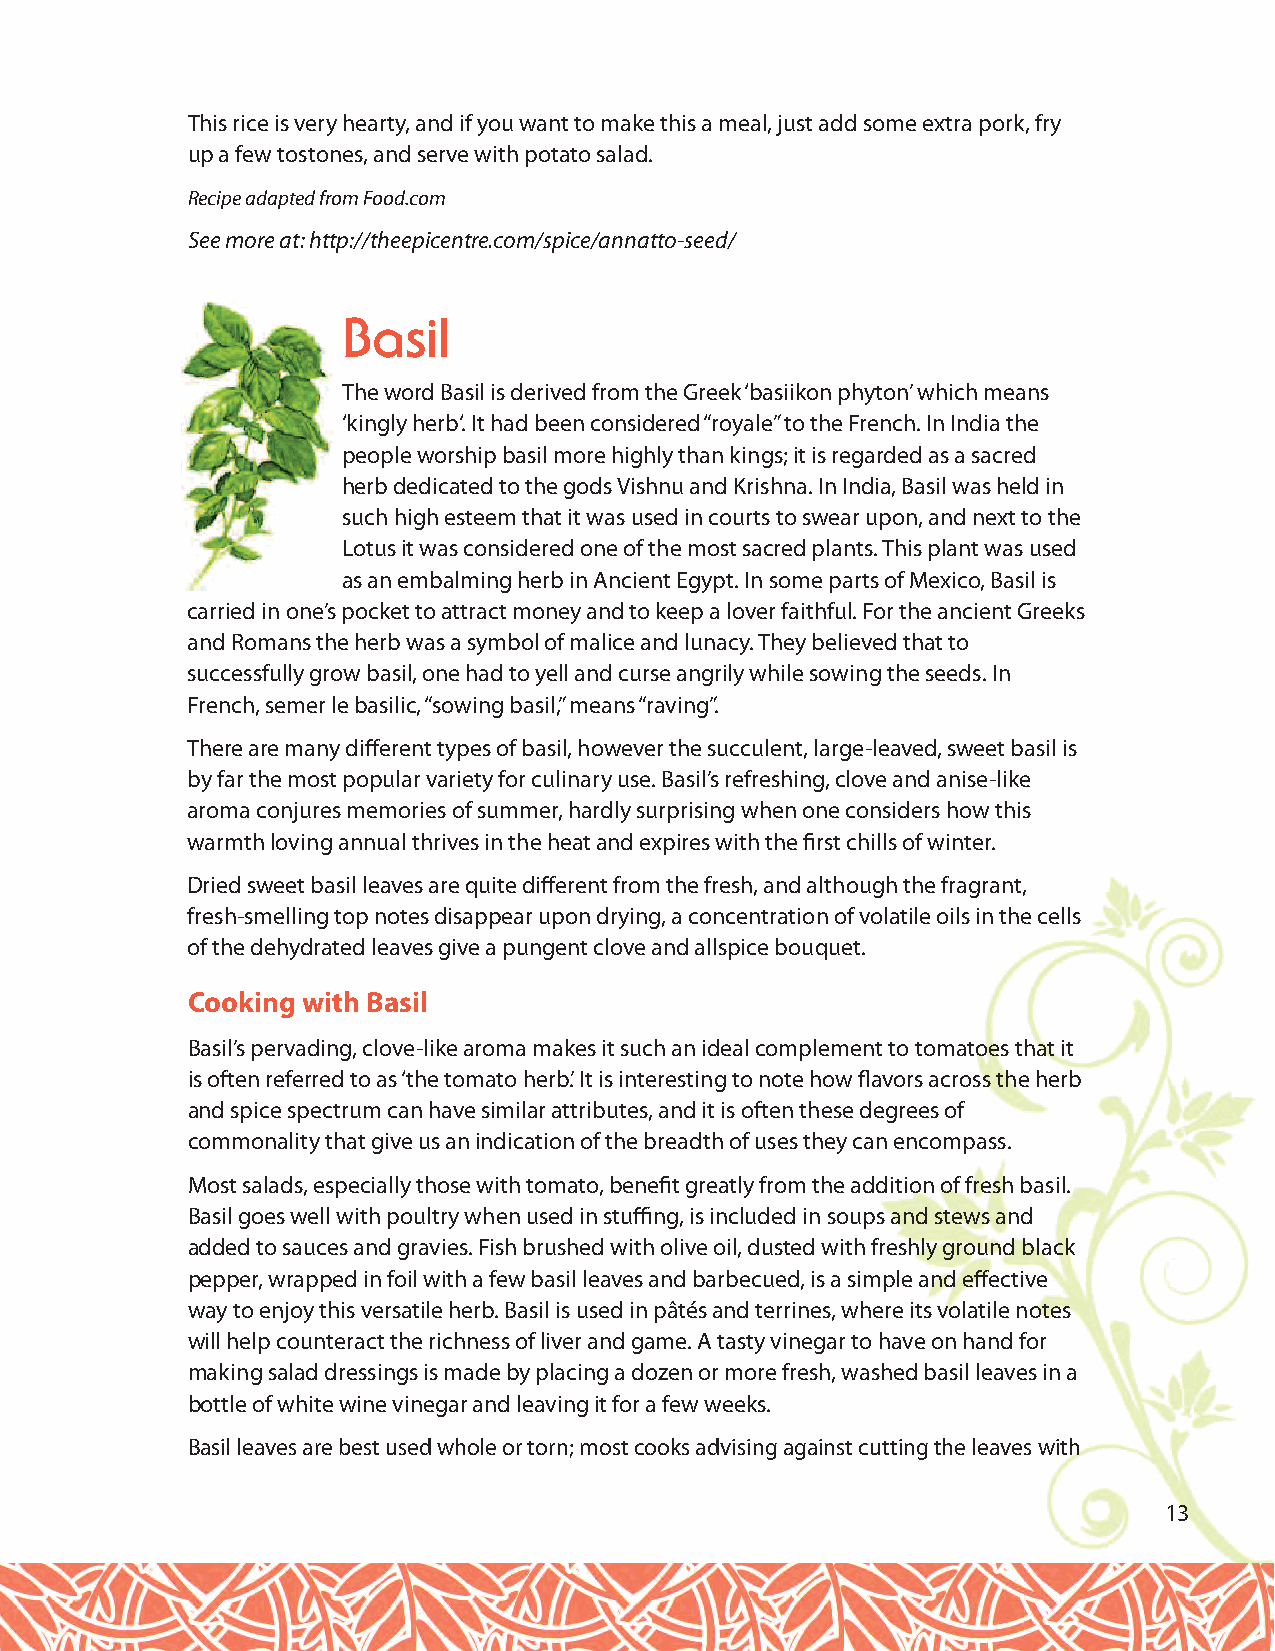
This rice is very hearty, and if you want to make this a meal, just add some extra pork, fry
 up a few tostones, and serve with potato salad.
 Recipe adapted from Food.com
 See more at: http://theepicentre.com/spice/annatto-seed/
 Basil
 The word Basil is derived from the Greek ‘basiikon phyton’ which means
 ‘kingly herb‘. It had been considered “royale” to the French. In India the
 people worship basil more highly than kings; it is regarded as a sacred
 herb dedicated to the gods Vishnu and Krishna. In India, Basil was held in
 such high esteem that it was used in courts to swear upon, and next to the
 Lotus it was considered one of the most sacred plants. This plant was used
 as an embalming herb in Ancient Egypt. In some parts of Mexico, Basil is
 carried in one’s pocket to attract money and to keep a lover faithful. For the ancient Greeks
 and Romans the herb was a symbol of malice and lunacy. They believed that to
 successfully grow basil, one had to yell and curse angrily while sowing the seeds. In
 French, semer le basilic, “sowing basil,” means “raving”.
 There are many different types of basil, however the succulent, large-leaved, sweet basil is
 by far the most popular variety for culinary use. Basil’s refreshing, clove and anise-like
 aroma conjures memories of summer, hardly surprising when one considers how this
 warmth loving annual thrives in the heat and expires with the first chills of winter.
 Dried sweet basil leaves are quite different from the fresh, and although the fragrant,
 fresh-smelling top notes disappear upon drying, a concentration of volatile oils in the cells
 of the dehydrated leaves give a pungent clove and allspice bouquet.
 Cooking with Basil
 Basil’s pervading, clove-like aroma makes it such an ideal complement to tomatoes that it
 is often referred to as ‘the tomato herb’. It is interesting to note how flavors across the herb
 and spice spectrum can have similar attributes, and it is often these degrees of
 commonality that give us an indication of the breadth of uses they can encompass.
 Most salads, especially those with tomato, benefit greatly from the addition of fresh basil.
 Basil goes well with poultry when used in stuffing, is included in soups and stews and
 added to sauces and gravies. Fish brushed with olive oil, dusted with freshly ground black
 pepper, wrapped in foil with a few basil leaves and barbecued, is a simple and effective
 way to enjoy this versatile herb. Basil is used in pâtés and terrines, where its volatile notes
 will help counteract the richness of liver and game. A tasty vinegar to have on hand for
 making salad dressings is made by placing a dozen or more fresh, washed basil leaves in a
 bottle of white wine vinegar and leaving it for a few weeks.
 Basil leaves are best used whole or torn; most cooks advising against cutting the leaves with
 13